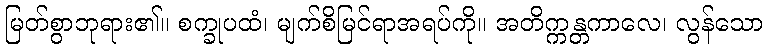
မြတ်စွာဘုရား၏။ စက္ခုပထံ၊ မျက်စိမြင်ရာအရပ်ကို။ အတိက္ကန္တကာလေ၊ လွန်သော